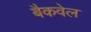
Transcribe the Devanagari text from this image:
बैकवेल